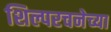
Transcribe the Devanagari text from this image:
शिल्परचनेच्या